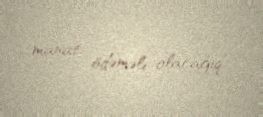
manat ödəməli olacağıq”.